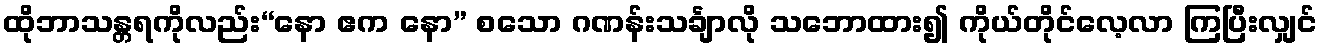
ထိုဘာသန္တရကိုလည်း“နော ဧက နော” စသော ဂဏန်းသင်္ချာလို သဘောထား၍ ကိုယ်တိုင်လေ့လာ ကြပြီးလျှင်